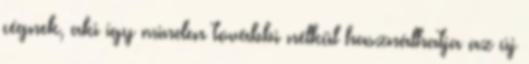
cégnek, aki így minden további nélkül használhatja az új